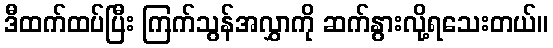
ဒီထက်ထပ်ပြီး ကြက်သွန်အလွှာကို ဆက်နွားလို့ရသေးတယ်။